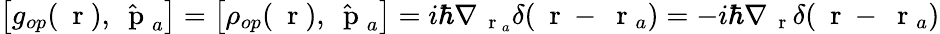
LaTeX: \left[g_{op}(\mathrm{~\mathbf~r~}),\hat{\mathrm{~\mathbf~p~}}_{a}\right]=\left[\rho_{op}(\mathrm{~\mathbf~r~}),\hat{\mathrm{~\mathbf~p~}}_{a}\right]=i\hbar\nabla_{\mathrm{~\mathbf~r~}_{a}}\delta(\mathrm{~\mathbf~r~}-\mathrm{~\mathbf~r~}_{a})=-i\hbar\nabla_{\mathrm{~\mathbf~r~}}\delta(\mathrm{~\mathbf~r~}-\mathrm{~\mathbf~r~}_{a})